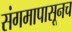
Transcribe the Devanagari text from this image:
संगमापासूनच